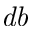
\mathit { d b }